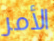
الأمر